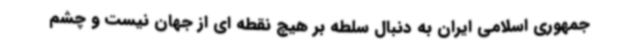
جمهوری اسلامی ایران به دنبال سلطه بر هیچ نقطه ای از جهان نیست و چشم